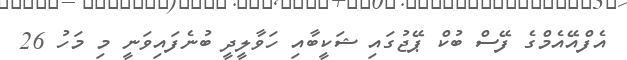
އެފްއޭއެމްގެ ފޭސް ބުކް ޕޭޖުގައި ޝަކީބާއި ހަވާލީދީ ބުނެފައިވަނީ މި މަހު 26